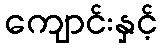
ကျောင်းနှင့်